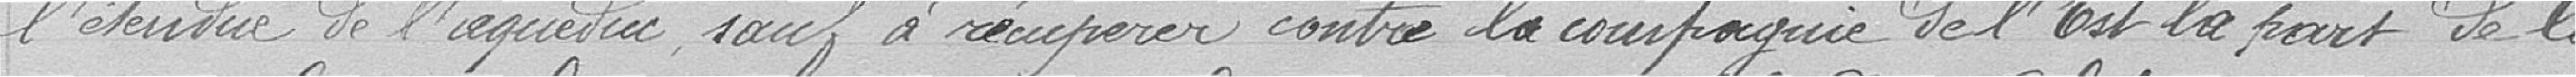
l'étendue de l'aqueduc sauf à récupérer contre la compagnie de l'Est la part de la